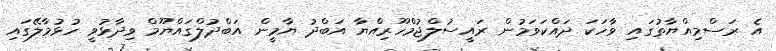
އެ ރަސްމިއްޔާތުގައި ވާހަކަ ދައްކަވަމުން ރައީސުލްޖުމްހޫރިއްޔާ އަބްދު ޔާމީން އަބްދުލްގައްޔޫމް ވިދާޅުވީ ހުޅުމާލޭގައި